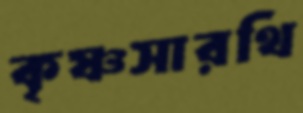
কৃষ্ণসারথি